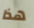
هذا